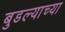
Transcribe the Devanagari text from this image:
बुडल्याच्या